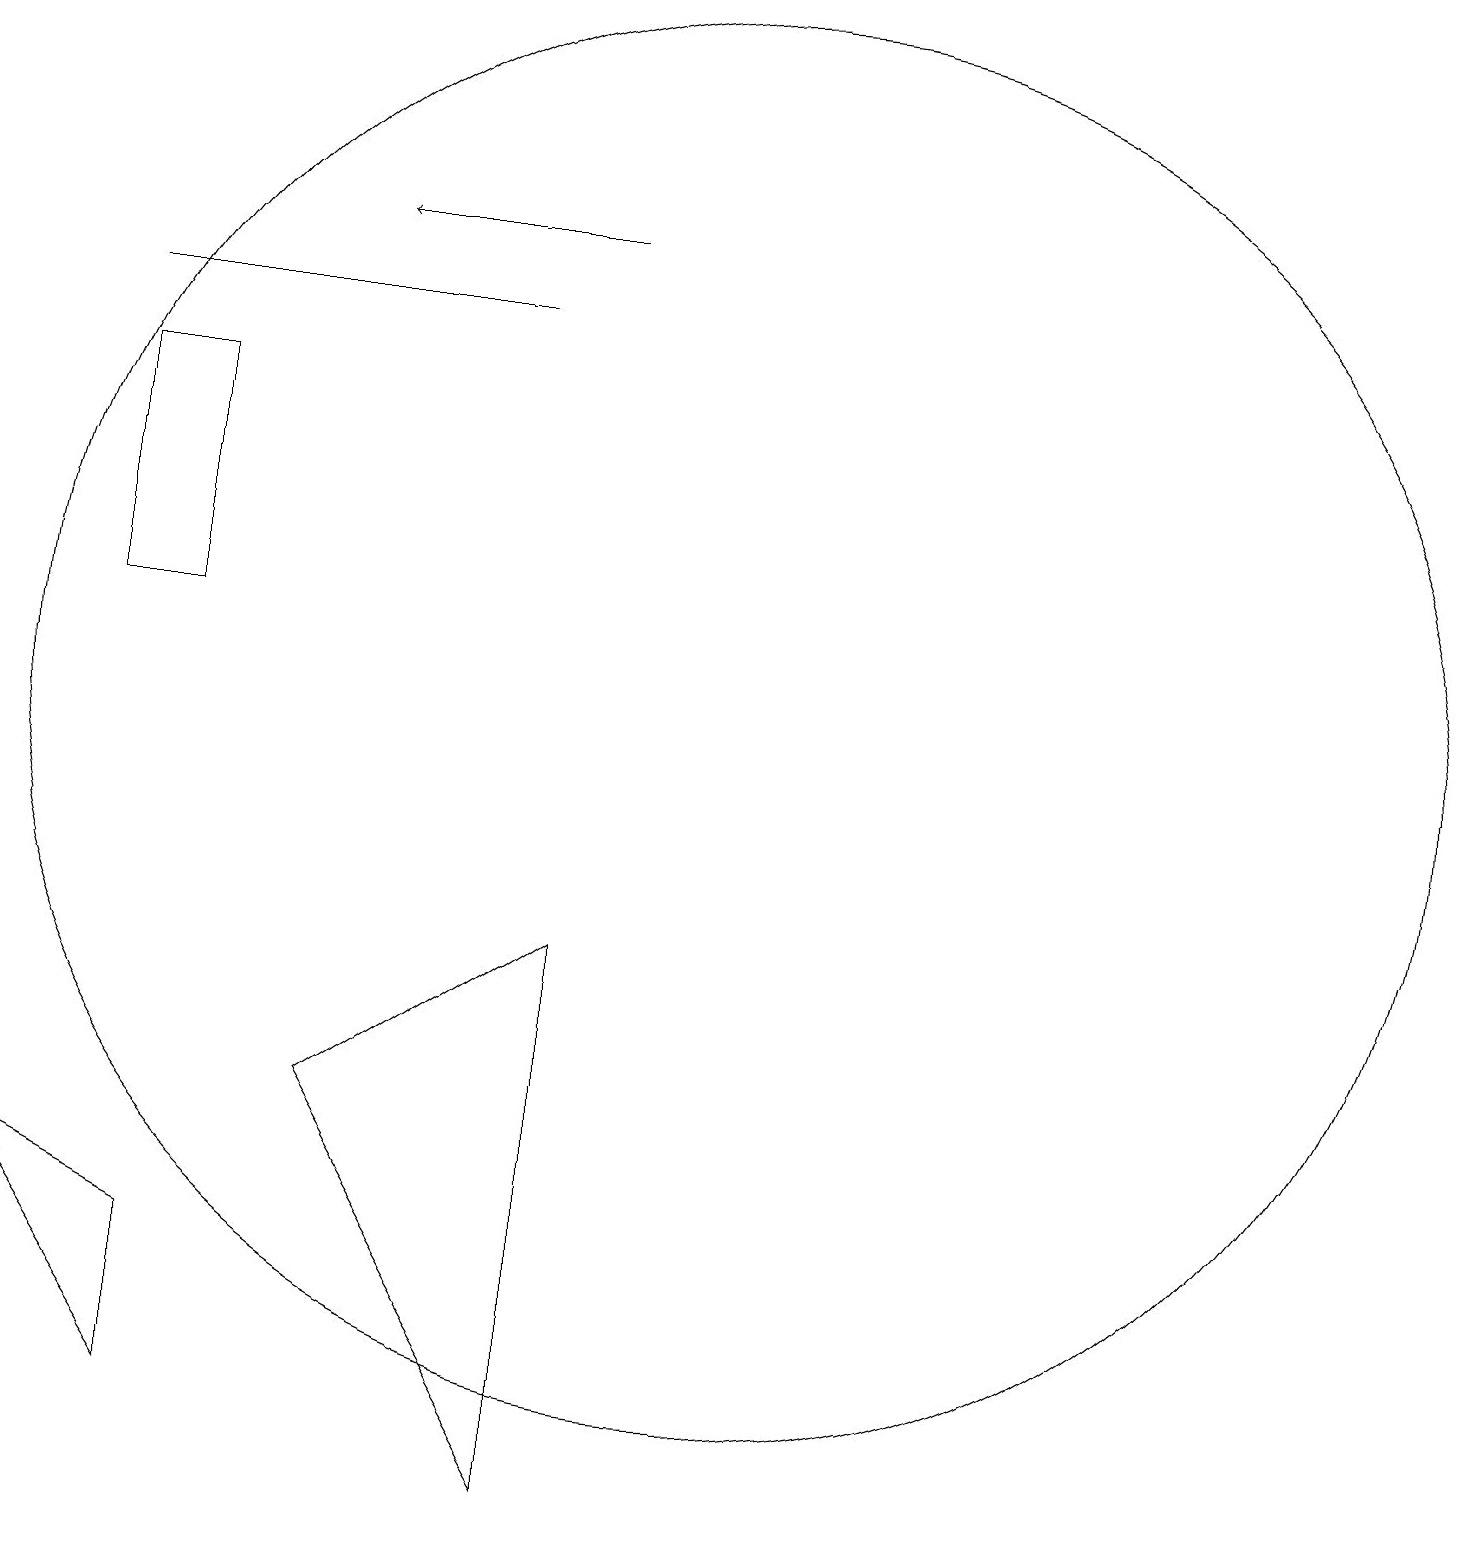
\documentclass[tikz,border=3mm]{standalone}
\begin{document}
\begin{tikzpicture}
\draw (9,1) -- (9,8) -- (6,6) -- cycle;
\draw (3,16) rectangle (8,16);
\draw (4,2) -- (4,4) -- (2,5) -- cycle;
\draw (4,12) rectangle (3,15);
\draw[->] (9,17) -- (6,17);
\draw (11,11) circle (9);
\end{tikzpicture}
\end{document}